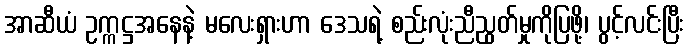
အာဆီယံ ဥက္ကဋ္ဌအနေနဲ့ မလေးရှားဟာ ဒေသရဲ့ စည်းလုံးညီညွတ်မှုကိုပြဖို့၊ ပွင့်လင်းပြီး